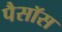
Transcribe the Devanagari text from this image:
पैसॉस